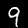
Label: 9